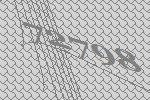
72798